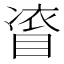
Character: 𭿀